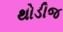
થોડીજ